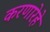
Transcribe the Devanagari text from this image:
करणारेहे